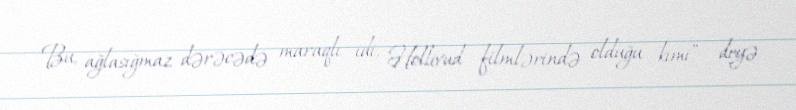
Bu, ağlasığmaz dərəcədə maraqlı idi, Hollivud filmlərində olduğu kimi” - deyə